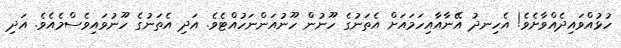
ހުޅުއްވައިދެއްވާށެވެ! އެހިނދު އޭނާއާއިހަމައަށް އެތަނުގެ ހޫނުން ހޫނުއަންނަހުއްޓެވެ. އަދި އެތަނުގެ ހޫނުވައިވެސްމެއެވެ. އަދި